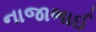
નાજાભાઈ